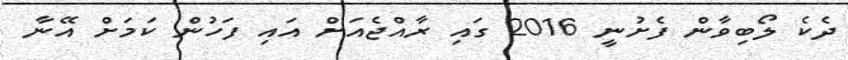
ދެކެ ލޯބިވާން ފެށުނީ 2016 ގައި ރާއްޖެއަށް އައި ފަހުން ކަމަށް އޭނާ